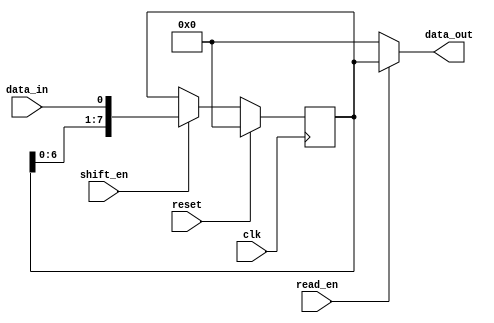
module SIPO (
  input wire clk,
  input wire reset,
  input wire shift_en,
  input wire read_en,
  input wire data_in,
  output reg [7:0] data_out
);

reg [7:0] shift_reg;

always @(posedge clk) begin
  if (reset) begin
    shift_reg <= 8'b0;
  end else if (shift_en) begin
    shift_reg <= {shift_reg[6:0], data_in};
  end
end

assign data_out = read_en ? shift_reg : 8'b0;

endmodule